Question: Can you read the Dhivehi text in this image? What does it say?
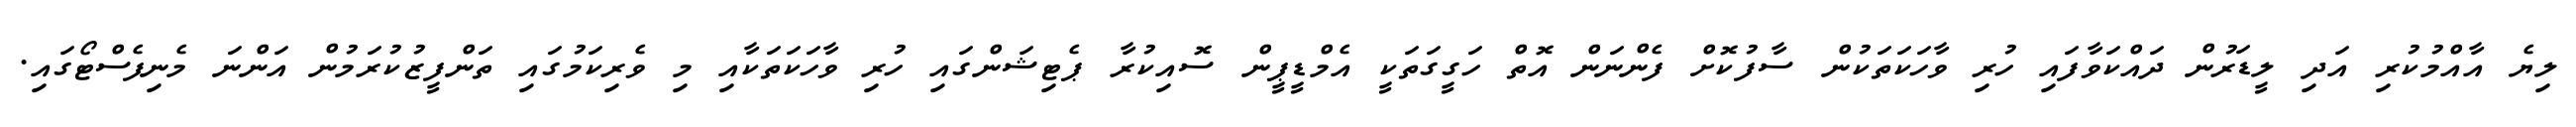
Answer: ލިޔެ އާއްމުކުރި އަދި ލީޑަރުން ދައްކަވާފައި ހުރި ވާހަކަތަކުން ސާފުކޮށް ފެންނަން އޮތް ހަގީގަތަކީ އެމްޑީޕީން ސޮއިކުރާ ޕެޓިޝަންގައި ހުރި ވާހަކަތަކާއި މި ވެރިކަމުގައި ތަންފީޒުކުރަމުން އަންނަ މެނިފެސްޓޯގައި.